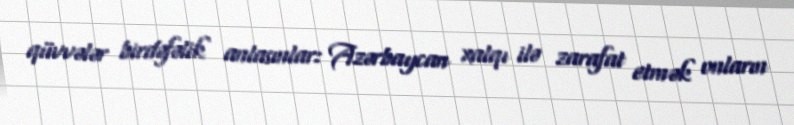
qüvvələr birdəfəlik anlasınlar: Azərbaycan xalqı ilə zarafat etmək onların